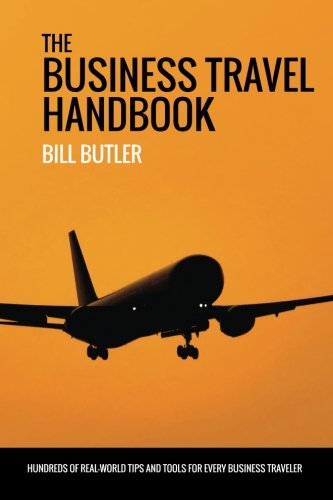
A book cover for The Business Travel Handbook; Bill Butler; Travel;